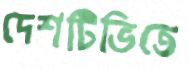
দেশটিভিতে